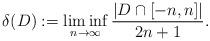
LaTeX: \begin{align*}\delta(D) := \liminf_{n\to\infty} \frac{|D\cap [-n,n]|}{2n+1}. \end{align*}